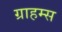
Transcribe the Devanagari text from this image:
ग्राहम्स